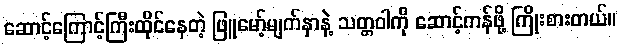
ဆောင့်ကြောင့်ကြီးထိုင်နေတဲ့ ဖြူမော့်မျက်နှာနဲ့ သတ္တဝါကို ဆောင့်ကန်ဖို့ ကြိုးစားတယ်။